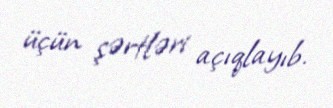
üçün şərtləri açıqlayıb.